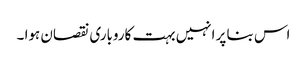
اس بنا پر انہیں بہت کاروباری نقصان ہوا ۔